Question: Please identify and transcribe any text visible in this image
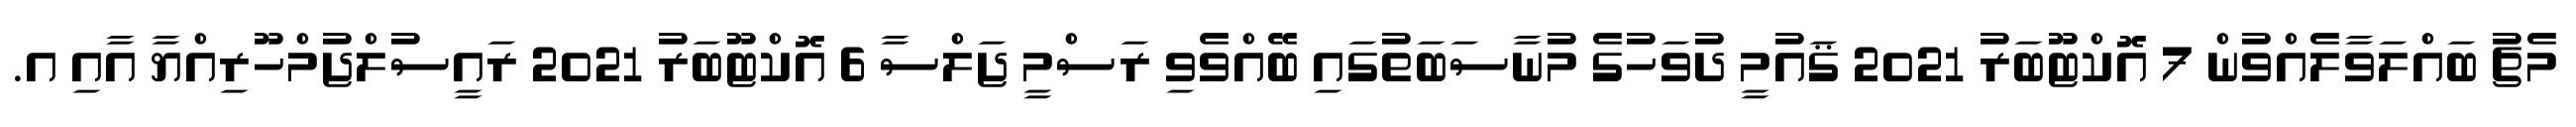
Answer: މެޗު ބައްލަވާލެއްވުން 7 އޮކްޓޫބަރު 2021 ޤައުމީ ދުވަހުގެ މުނާސަބަތުގައި ބޭއްވެވި ރަސްމީ ޖަލްސާ 6 އޮކްޓޫބަރު 2021 ރައީސުލްޖުމްހޫރިއްޔާ އާއި އ.